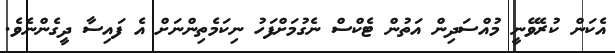
އެކަން ކުރެވޭނީ މުއްސަދިން އަތުން ޓެކްސް ނެގުމަށްފަހު ނިކަމެތިންނަށް އެ ފައިސާ ދީގެންނެވެ.